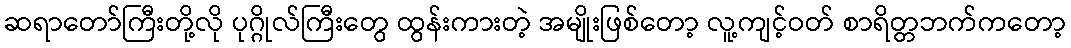
ဆရာတော်ကြီးတို့လို ပုဂ္ဂိုလ်ကြီးတွေ ထွန်းကားတဲ့ အမျိုးဖြစ်တော့ လူ့ကျင့်ဝတ် စာရိတ္တဘက်ကတော့